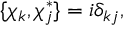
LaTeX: \{ \chi _ { k } , \chi _ { j } ^ { * } \} = i \delta _ { k j } ,